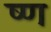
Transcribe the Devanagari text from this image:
ष्ण